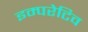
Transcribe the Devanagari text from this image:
इम्परेटिव